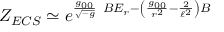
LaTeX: Z _ { E C S } \simeq e ^ { \frac { g _ { 0 0 } } { \sqrt { - g } } \ B E _ { r } - \left( \frac { g _ { 0 0 } } { r ^ { 2 } } - \frac { 2 } { \ell ^ { 2 } } \right) B }